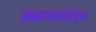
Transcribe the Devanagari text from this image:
प्रकाशसंवेदन